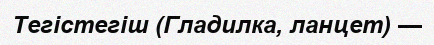
Тегістегіш (Гладилка, ланцет) —